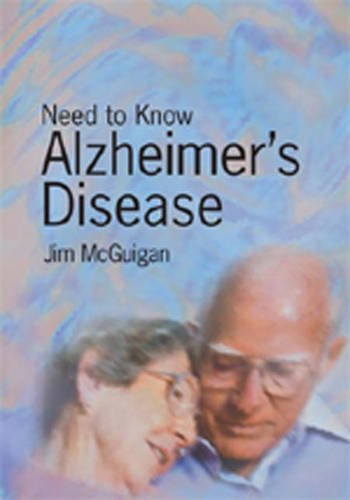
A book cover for Alzheimer's (Need to know); Jim McGuigan; Teen & Young Adult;